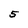
Character: 5